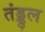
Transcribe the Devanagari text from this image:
तंड्डुल